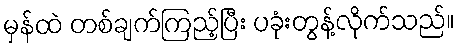
မှန်ထဲ တစ်ချက်ကြည့်ပြီး ပခုံးတွန့်လိုက်သည်။